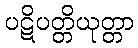
ပဋိပတ္တိယုတ္တာ